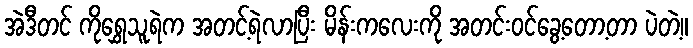
အဲဒီတင် ကိုရွှေသူရဲက အတင့်ရဲလာပြီး မိန်းကလေးကို အတင်းဝင်ခွေ့တော့တာ ပဲတဲ့။